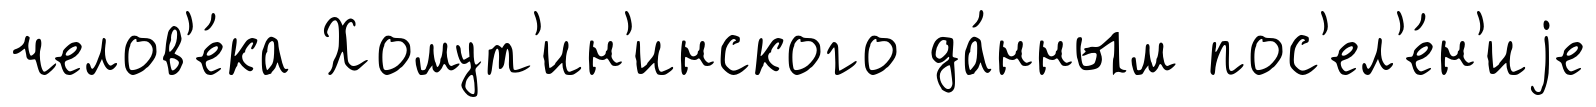
челов'е́ка Хомут'ин'инского да́нным пос'ел'е́н'иjе